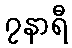
၇နာရီ